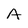
Character: A